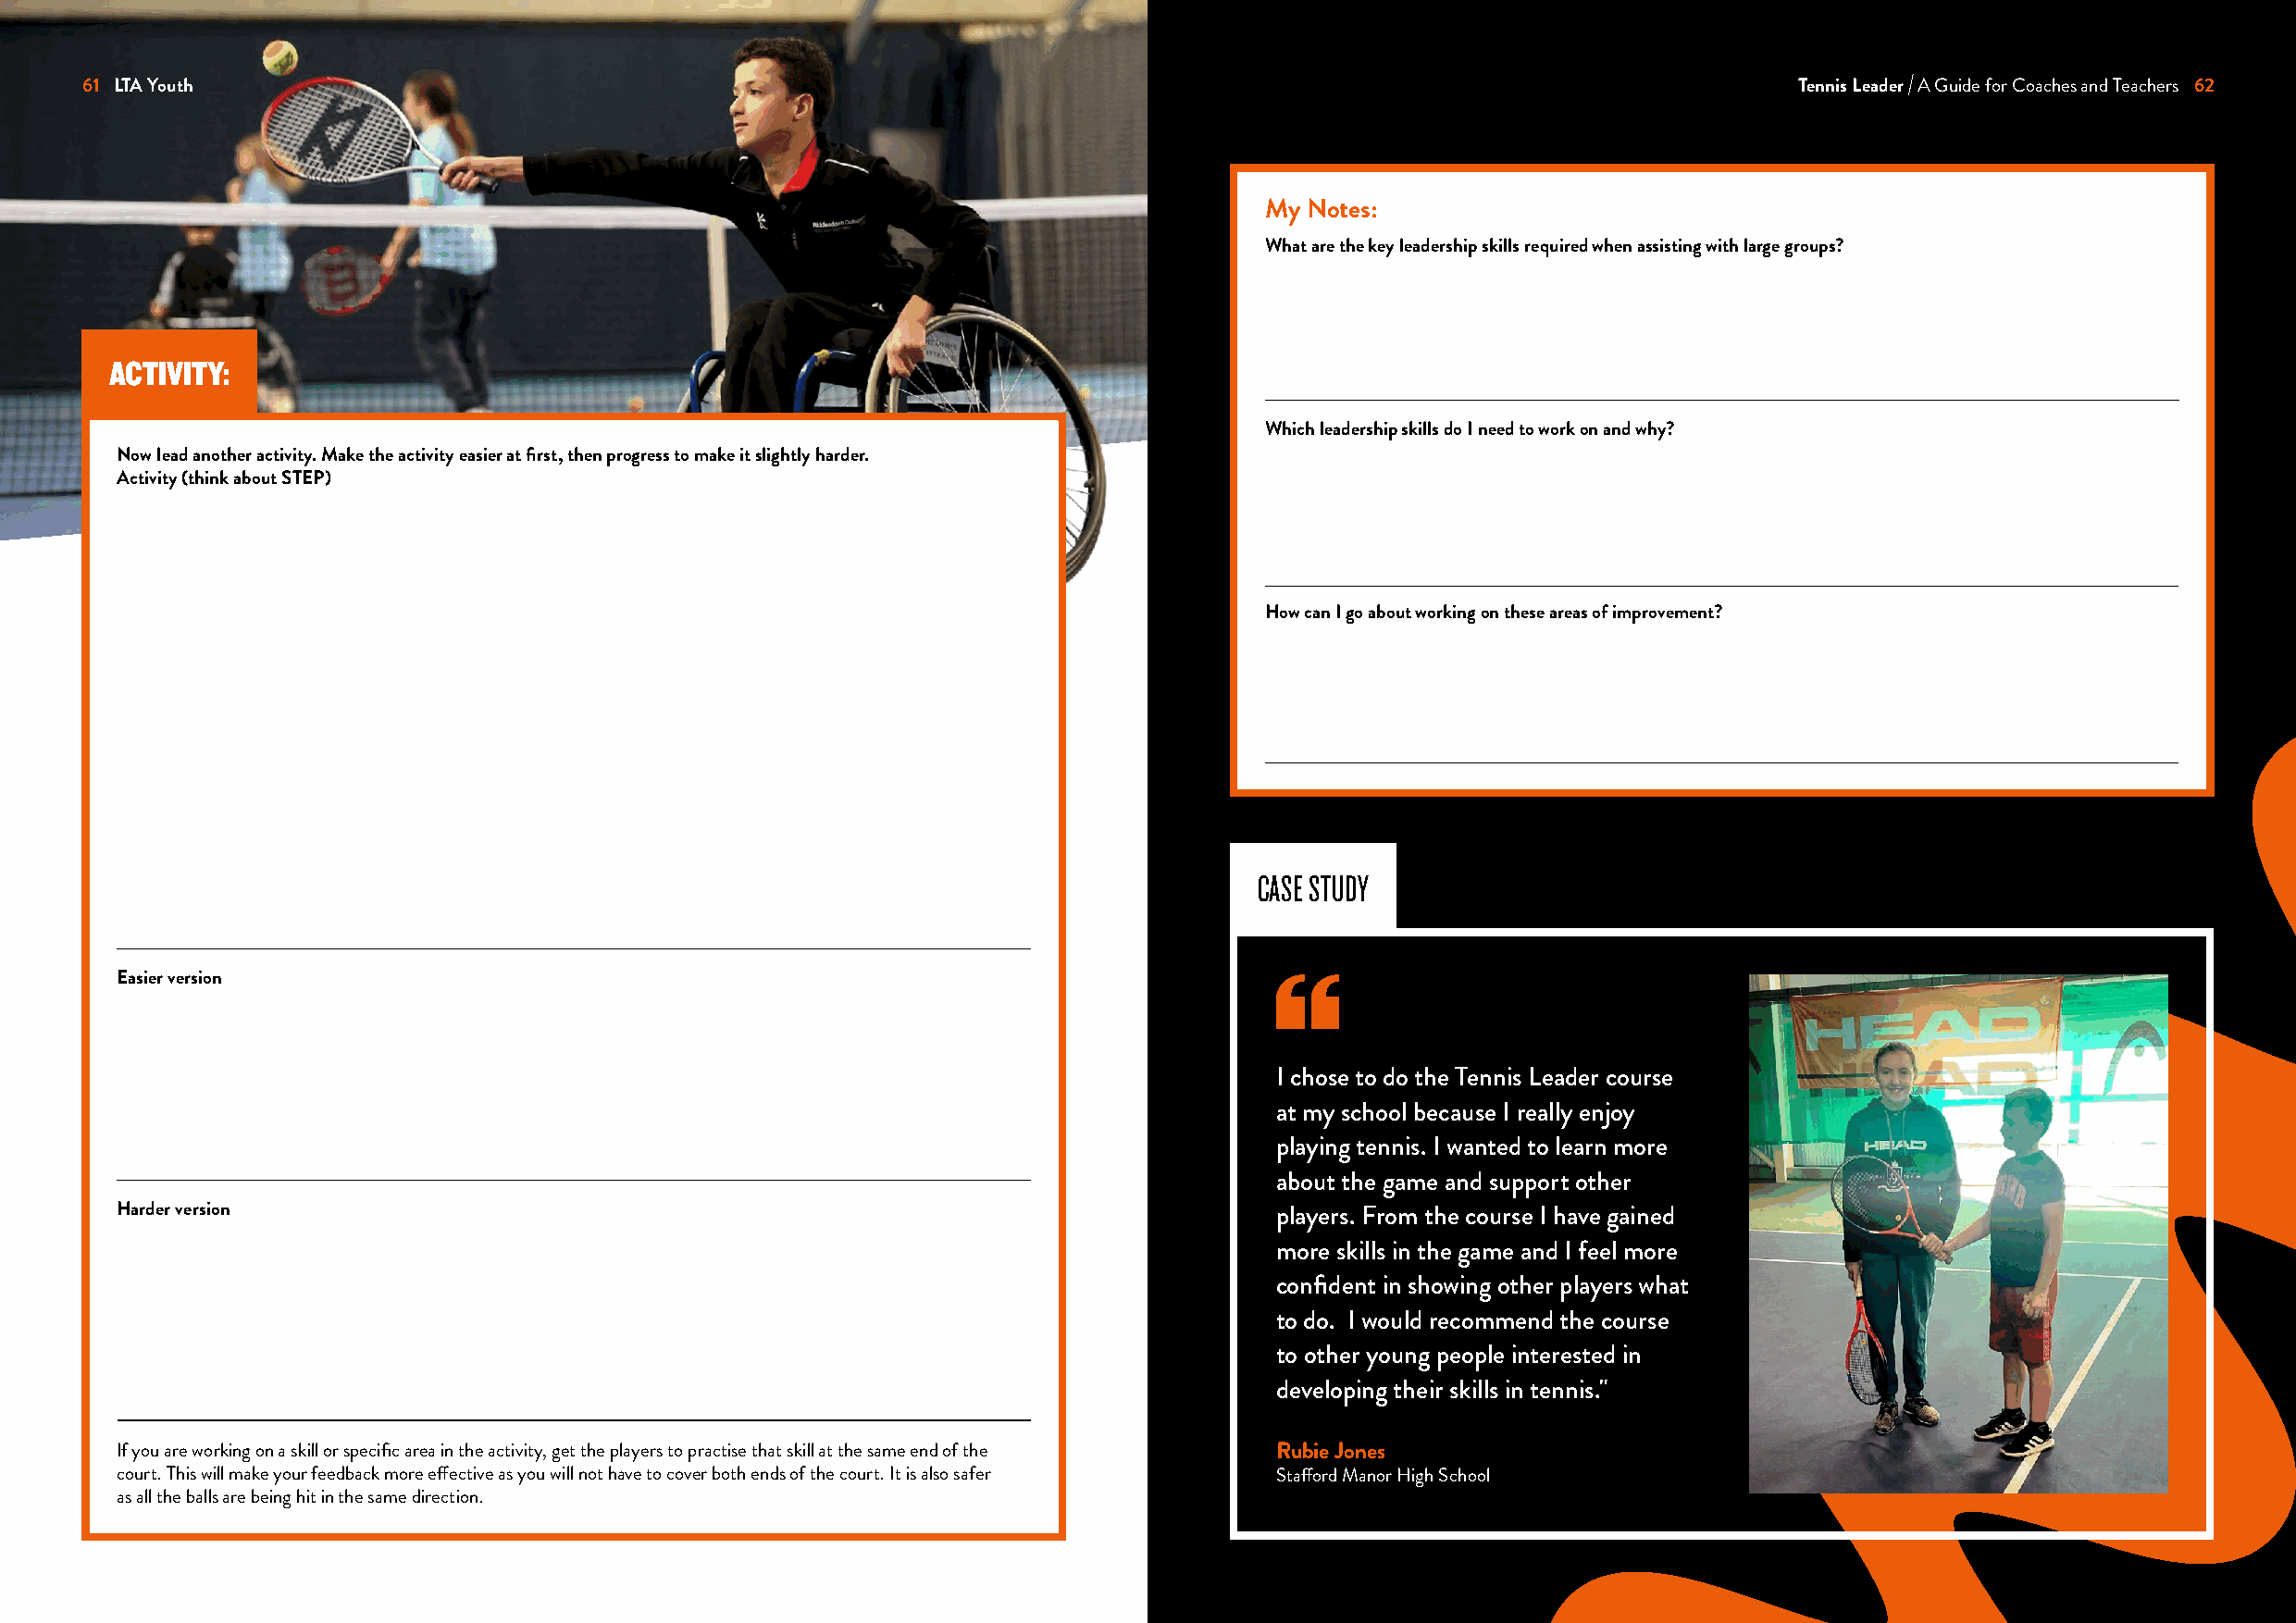
61 LTA Youth                                                                                                               Tennis Leader A Guide for Coaches and Teachers 62
 My Notes:
 What are the key leadership skills required when assisting with large groups?
 ACTIVITY:
 Which leadership skills do I need to work on and why?
 Now lead another activity. Make the activity easier at first, then progress to make it slightly harder.
 Activity (think about STEP)
 How can I go about working on these areas of improvement?
 CASE STUDY
 Easier version
 I chose to do the Tennis Leader course
 at my school because I really enjoy
 playing tennis. I wanted to learn more
 about the game and support other
 Harder version                                                                     players. From the course I have gained
 more skills in the game and I feel more
 confident in showing other players what
 to do. I would recommend the course
 to other young people interested in
 developing their skills in tennis."
 If you are working on a skill or specific area in the activity, get the players to practise that skill at the same end of the Rubie Jones
 court. This will make your feedback more effective as you will not have to cover both ends of the court. It is also safer Stafford Manor High School
 as all the balls are being hit in the same direction.